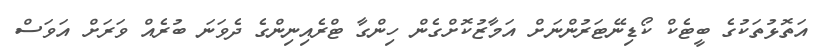
އަތޮޅުތަކުގެ ބީޓެކް ކޯޑިނޭޓަރުންނަށް އަމާޒުކޮށްގެން ހިންގާ ޓްރެއިނިންގެ ދެވަނަ ބުރެއް ވަރަށް އަވަސް